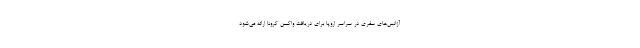
آژانس‌های سفری در سراسر اروپا برای دریافت واکسن کرونا ارائه می‌شود